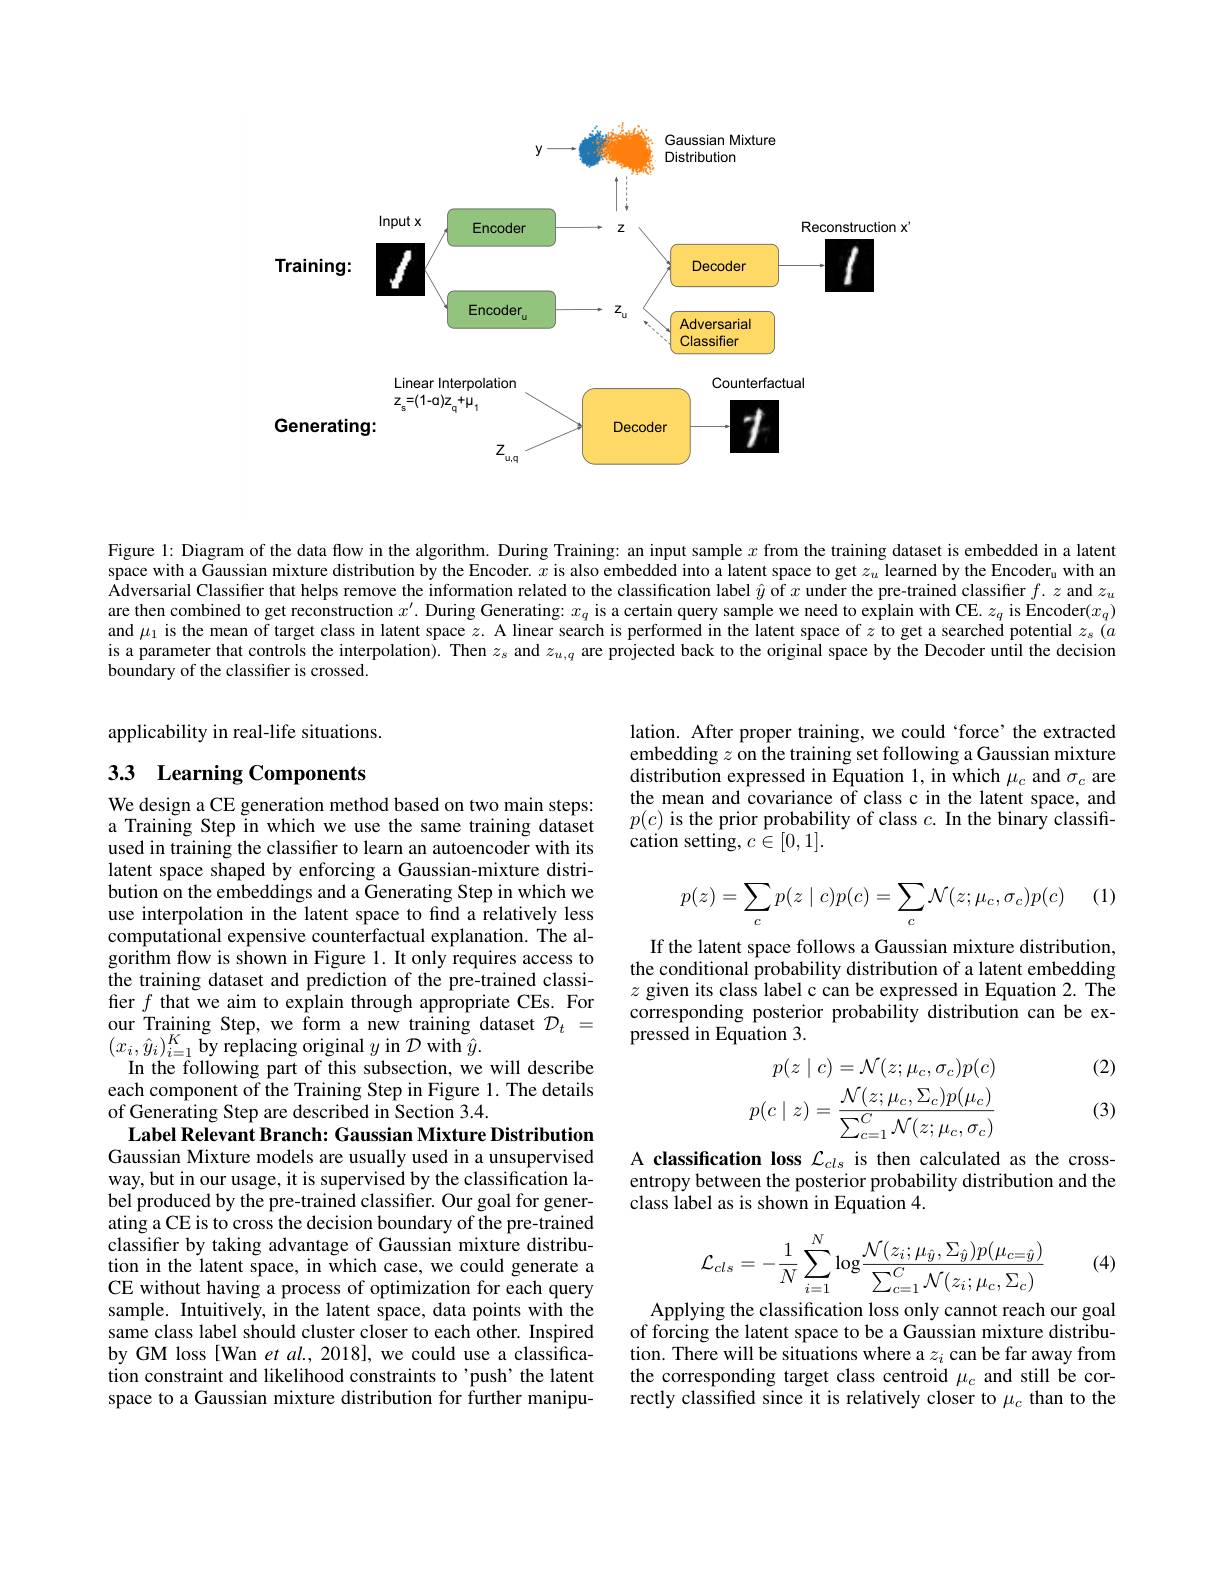
<FigureHere>

Figure 1: Diagram of the data flow in the algorithm. During Training: an input sample $x$ from the training dataset is embedded in a latent space with a Gaussian mixture distribution by the Encoder. $x$ is also embedded into a latent space to get $z_u$ learned by the Encoder$_{\mathrm{u}}$ with an Adversarial Classifier that helps remove the information related to the classification label $\hat{y}$ of $x$ under the pre-trained classifier $f.z$ and $z_u$ are then combined to get reconstruction $x^\prime.$ During Generating: $x_q$ is a certain query sample we need to explain with CE. $z_q$ is Encoder$(x_q)$ and $\mu_1$ is the mean of target class in latent space $z.$ A linear search is performed in the latent space of $z$ to get a searched potential $z_s(a$ is a parameter that controls the interpolation). Then $z_s$ and $z_{u,q}$ are projected back to the original space by the Decoder until the decision boundary of the classifier is crossed.

applicability in real-life situations.

## 33 Learning Components

lation. After proper training, we could ‘force’the extracted embedding $z$ on the training set following a Gaussian mixture distribution expressed in Equation 1, in which $\mu_c$ and $\sigma_c$ are the mean and covariance of class c in the latent space, and $p(c)$ is the prior probability of class $c.$ In the binary classification setting, $c\in[0,1].$

(1)
$$\begin{aligned}p(z)=\sum_cp(z\mid c)p(c)=\sum_c\mathcal{N}(z;\mu_c,\sigma_c)p(c)\end{aligned}$$
If the latent space follows a Gaussian mixture distribution, the conditional probability distribution of a latent embedding $z$ given its class label c can be expressed in Equation 2. The corresponding posterior probability distribution can be expressed in Equation 3.

(2)
$$\begin{aligned}p(z\mid c)=\mathcal{N}(z;\mu_c,\sigma_c)p(c)\\p(c\mid z)=\frac{\mathcal{N}(z;\mu_c,\Sigma_c)p(\mu_c)}{\sum_{c=1}^C\mathcal{N}(z;\mu_c,\sigma_c)}\end{aligned}$$
We design a CE generation method based on two main steps: a Training Step in which we use the same training dataset used in training the classifier to learn an autoencoder with its latent space shaped by enforcing a Gaussian-mixture distribution on the embeddings and a Generating Step in which we use interpolation in the latent space to find a relatively less computational expensive counterfactual explanation. The algorithm flow is shown in Figure 1. It only requires access to the training dataset and prediction of the pre-trained classifier $f$ that we aim to explain through appropriate CEs. For $\begin{array}{l}{\mathrm{our~Training~Step,~we~form~a~new~training~dataset~}\mathcal{D}_{t}}&{=}\\{(x_{i},\hat{y}_{i})_{i=1}^{K}\text{by replacing original }y\mathrm{~in~}\mathcal{D}\mathrm{~with~}\hat{y}.}\end{array}$
In the following part of this subsection, we will describe each component of the Training Step in Figure 1. The details of Generating Step are described in Section 3.4.
Label Relevant Branch: Gaussian Mixture Distribution Gaussian Mixture models are usually used in a unsupervised way, but in our usage, it is supervised by the classification label produced by the pre-trained classifier. Our goal for generating a CE is to cross the decision boundary of the pre-trained classifier by taking advantage of Gaussian mixture distribution in the latent space, in which case, we could generate a CE without having a process of optimization for each query sample. Intuitively, in the latent space, data points with the same class label should cluster closer to each other. Inspired by GM loss [Wan et al., 2018], we could use a classification constraint and likelihood constraints to'push'the latent space to a Gaussian mixture distribution for further manipu-

(3)

A classification loss $\mathcal{L}_{cls}$ is then calculated as the crossentropy between the posterior probability distribution and the class label as is shown in Equation 4.

(4)
$$\mathcal{L}_{cls}=-\frac{1}{N}\sum_{i=1}^{N}\log\frac{\mathcal{N}(z_{i};\mu_{\hat{y}},\Sigma_{\hat{y}})p(\mu_{c=\hat{y}})}{\sum_{c=1}^{C}\mathcal{N}(z_{i};\mu_{c},\Sigma_{c})}$$
Applying the classification loss only cannot reach our goal of forcing the latent space to be a Gaussian mixture distribution. There will be situations where a $z_i$ can be far away from the corresponding target class centroid $\mu_c$ and still be correctly classified since it is relatively closer to $\mu_c$ than to the